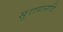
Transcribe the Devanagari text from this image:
सुरापानादि